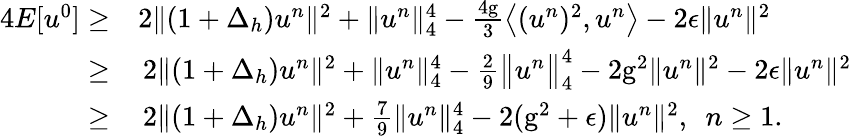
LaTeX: \begin{array}{rl}{4{E[u^{0}]}\geq}&{2\| (1+\Delta_{h})u^{n}\| ^{2}+\| u^{n}\| _{4}^{4}-\frac{4\mathrm{g}}{3}\left\langle(u^{n})^{2},u^{n}\right\rangle-2\epsilon\| u^{n}\| ^{2}}\\ {\ge}&{\, 2\| (1+\Delta_{h})u^{n}\| ^{2}+\| u^{n}\| _{4}^{4}-\frac{2}{9}\big\| u^{n}\big\| _{4}^{4}-2\mathrm{g}^{2}\| u^{n}\| ^{2}-2\epsilon\| u^{n}\| ^{2}}\\ {\ge}&{\, 2\| (1+\Delta_{h})u^{n}\| ^{2}+\frac{7}{9}\| u^{n}\| _{4}^{4}-2(\mathrm{g}^{2}+\epsilon)\| u^{n}\| ^{2},~~n\ge 1.}\end{array}